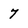
Character: 7